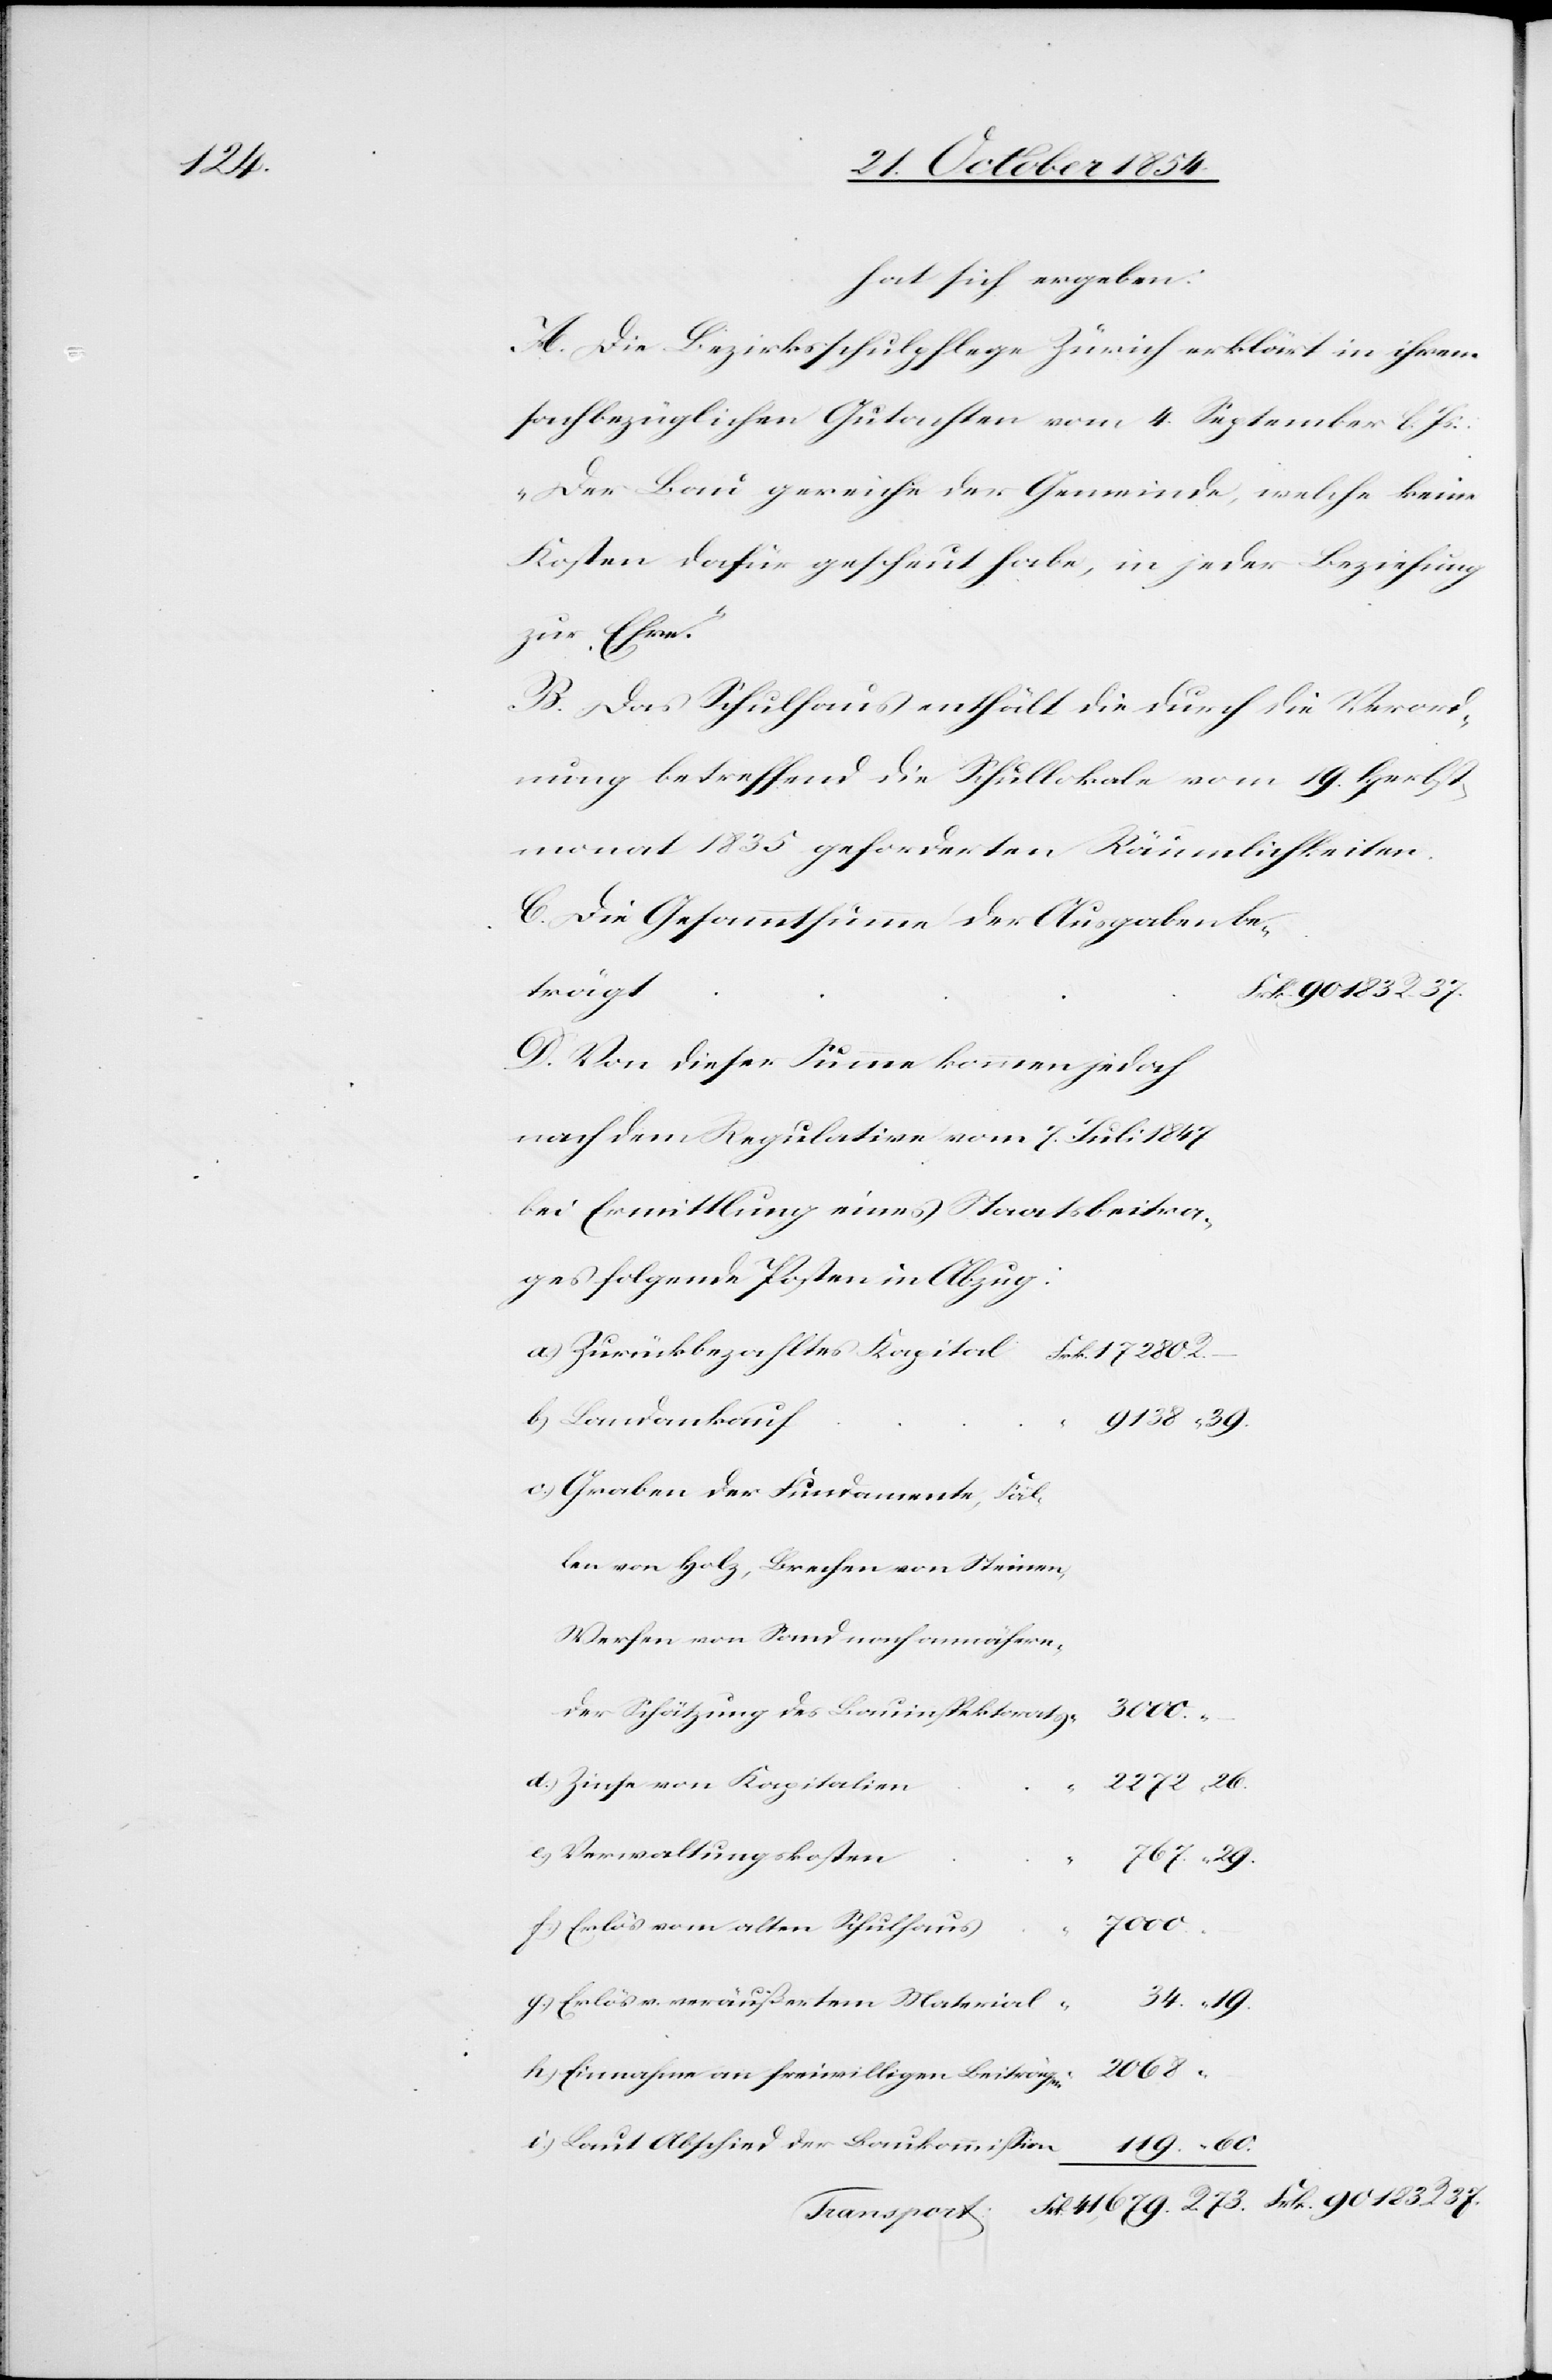
hat sich ergeben:
A. Die Bezirksschulpflege Zürich erklärt in ihrem
sachbezüglichen Gutachten vom 4. September l.
„Der Bau gereichte der Gemeinde, welche keine
Kosten dafür gescheut habe, in jeder Beziehung
zu Ehre¬
B. Das Schulhaus enthält die durch die Verord¬
nung betreffend die Schullokale vom 19. Herbst¬
monat 1835 geforderten Räumlichkeiten.
C. Die Gesammtsumme der Ausgaben
90 183 R. 37.
D. Von dieser Summe kommen jedoch
nach dem Regulative vom 7. Juli 1847
bei Ermittlung eines Staatsbeitra¬
ges folgende Posten in Abzug:
a.) Zurückbezahltes Kapital
b.) Landankauf
c.) Graben der Fundamente, Fäl¬
len von Holz, Brechen von Steinen,
Werfen von Sand nach annähern¬
der Schätzung des Bauinspektorats
26.
d.) Zinse von Kapitalien
e.) Verwaltungskoten
29.
f.) Erlös vom alten Schulhaus
39.
g.) Erlös v. veräußertem Material
119.
60.
h.) Einnahme an freiwilligen Beiträgen
i.) Laut Abschied der Baukommißion